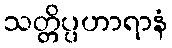
သတ္တိပ္ပဟာရာနံ